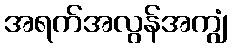
အရက်အလွန်အကျွံ